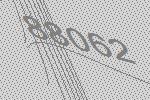
88062